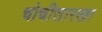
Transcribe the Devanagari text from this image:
चोचीसारखा